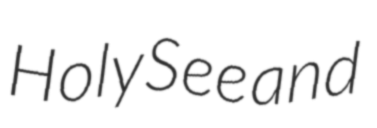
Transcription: Holy See and